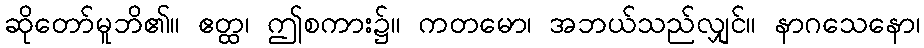
ဆိုတော်မူဘိ၏။ ဧတ္ထ၊ ဤစကား၌။ ကတမော၊ အဘယ်သည်လျှင်။ နာဂသေနော၊